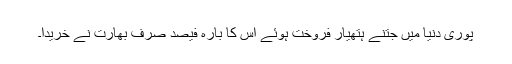
پوری دنیا میں جتنے ہتھیار فروخت ہوئے اس کا بارہ فیصد صرف بھارت نے خریدا۔